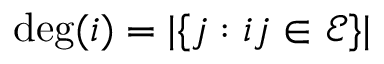
\deg ( i ) = | \{ j : i j \in \mathcal E \} |